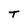
Character: T